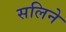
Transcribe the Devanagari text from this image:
सलिने